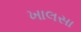
ખાલસા